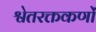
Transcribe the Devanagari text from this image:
श्वेतरक्तकणों